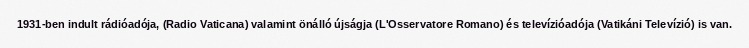
1931-ben indult rádióadója, (Radio Vaticana) valamint önálló újságja (L'Osservatore Romano) és televízióadója (Vatikáni Televízió) is van.